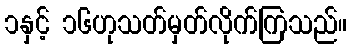
၁နှင့် ၁၆ဟုသတ်မှတ်လိုက်ကြသည်။